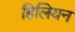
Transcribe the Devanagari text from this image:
हिलियन